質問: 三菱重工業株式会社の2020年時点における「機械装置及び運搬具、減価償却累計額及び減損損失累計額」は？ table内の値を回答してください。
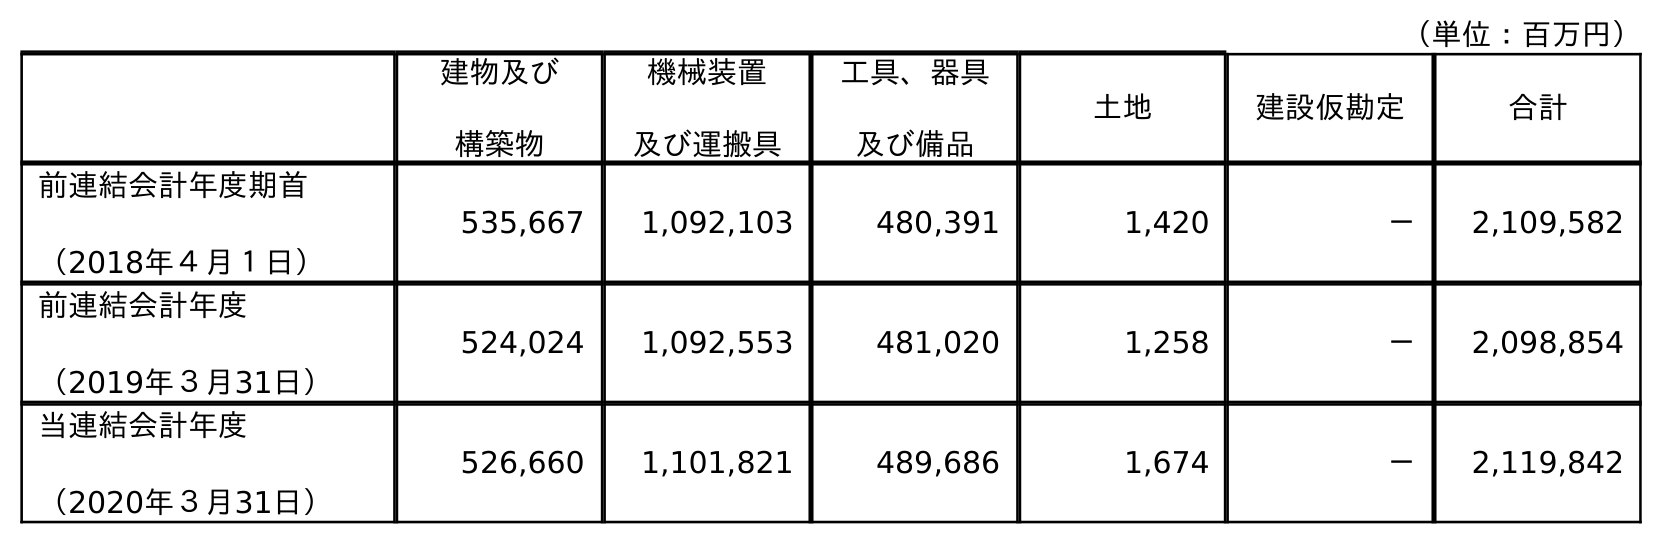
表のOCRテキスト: （単位：百万円） 建物及び 構築物 機械装置 及び運搬具 工具、器具 及び備品 土地 建設仮勘定 合計 前連結会計年度期首 （2018年４月１日） 535,667 1,092,103 480,391 1,420 － 2,109,582 前連結会計年度 （2019年３月31日） 524,024 1,092,553 481,020 1,258 － 2,098,854 当連結会計年度 （2020年３月31日） 526,660 1,101,821 489,686 1,674 － 2,119,842
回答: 1,101,821